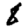
Digit: 8